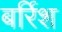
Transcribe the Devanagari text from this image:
बर्रिश